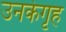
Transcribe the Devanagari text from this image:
उनकेगृह